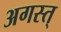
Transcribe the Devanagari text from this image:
अगस्त्